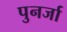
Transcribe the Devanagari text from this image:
पुनर्जा